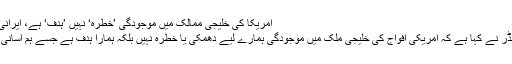
امریکا کی خلیجی ممالک میں موجودگی ’خطرہ‘ نہیں ’ہدف‘ ہے، ایرانی کمانڈر – i14 News
پاسداران انقلاب کے کمانڈر نے کہا ہے کہ امریکی افواج کی خلیجی ملک میں موجودگی ہمارے لیے دھمکی یا خطرہ نہیں بلکہ ہمارا ہدف ہے جسے ہم آسانی سے نشانہ بناسکتے ہیں۔